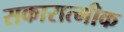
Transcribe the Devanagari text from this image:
सकारात्मीक